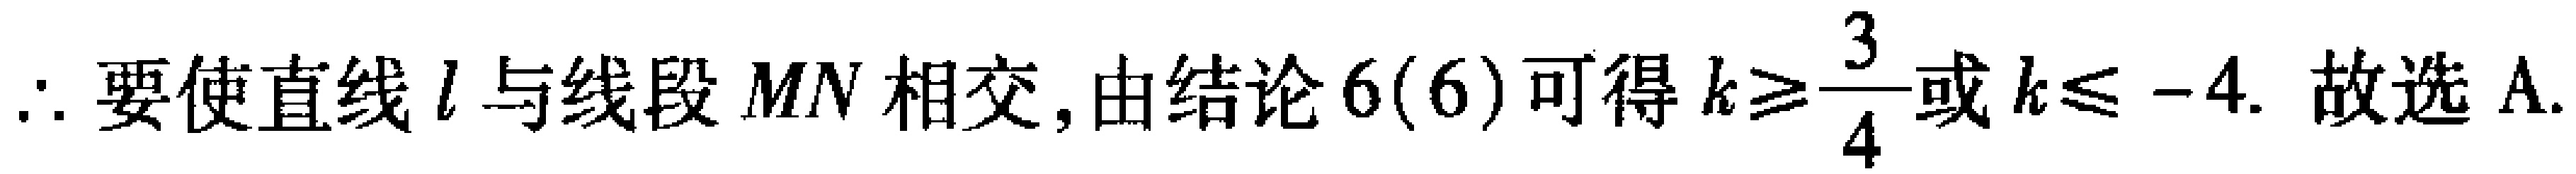
$\therefore$要使直线$l$与线段$MN$相交, 由结论$6(6)$可得$k\geqslant \dfrac{3}{4}$或$k\leqslant -4$. 故选A.